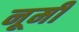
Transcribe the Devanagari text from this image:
नूमी